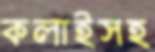
কলাইসহ